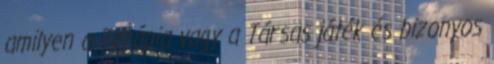
amilyen a Terápia vagy a Társas játék és bizonyos